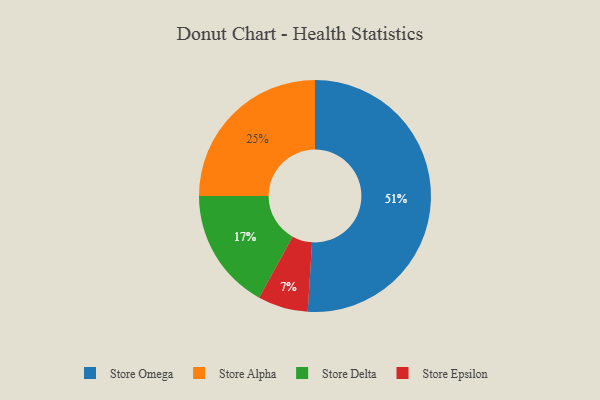
{"axis": {"x": "Category", "y": "Percentage"}, "legend": ["Store Alpha", "Store Delta", "Store Epsilon", "Store Omega"], "data": [{"x": "Store Omega", "y": 51, "type": "Store Omega"}, {"x": "Store Epsilon", "y": 7, "type": "Store Epsilon"}, {"x": "Store Alpha", "y": 25, "type": "Store Alpha"}, {"x": "Store Delta", "y": 17, "type": "Store Delta"}]}